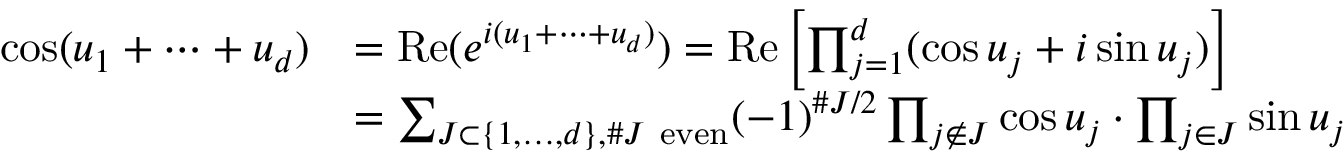
\begin{array} { r l } { \cos ( u _ { 1 } + \dots + u _ { d } ) } & { = \operatorname { R e } ( e ^ { i ( u _ { 1 } + \dots + u _ { d } ) } ) = \operatorname { R e } \left[ \prod _ { j = 1 } ^ { d } ( \cos u _ { j } + i \sin u _ { j } ) \right] } \\ & { = \sum _ { J \subset \{ 1 , \dots , d \} , \# J \ \mathrm { e v e n } } ( - 1 ) ^ { \# J / 2 } \prod _ { j \not \in J } \cos u _ { j } \cdot \prod _ { j \in J } \sin u _ { j } } \end{array}